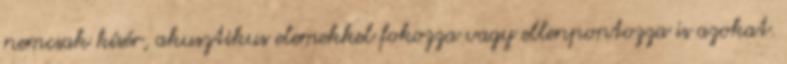
nemcsak kísér, akusztikus elemekkel fokozza vagy ellenpontozza is azokat.